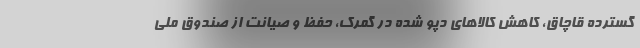
گسترده قاچاق، کاهش کالاهای دپو شده در گمرک، حفظ و صیانت از صندوق ملی